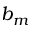
b _ { m }